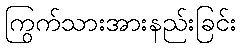
ကြွက်သားအားနည်းခြင်း